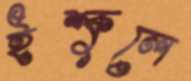
ইশ্কুলে